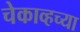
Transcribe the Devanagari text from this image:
चेकाव्हच्या